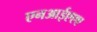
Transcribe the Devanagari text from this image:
एनआईएएए